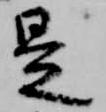
是